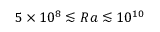
5 \times 1 0 ^ { 8 } \lesssim R a \lesssim 1 0 ^ { 1 0 }